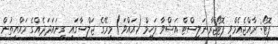
ފޮޓޯ: ރާއްޖެއެމްވީ ފޮޓޯޖާރނަލިސްޓް އަޝްވާ ފަހީމް (އައްވަ) މިރޭގެ ޖަލްސާގައި ގިނައަދަދެއްގެ ރައްޔިތުން